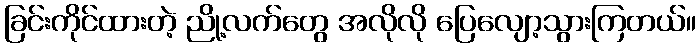
ခြင်းကိုင်ထားတဲ့ ညို့လက်တွေ အလိုလို ပြေလျော့သွားကြတယ်။